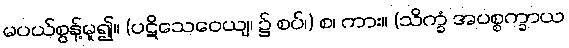
မပယ်စွန့်မူ၍။ (ပဋိသေဝေယျ၊ ၌ စပ်၊) စ၊ ကား။ (သိက္ခံ အပစ္စက္ခာယ